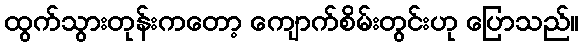
ထွက်သွားတုန်းကတော့ ကျောက်စိမ်းတွင်းဟု ပြောသည်။